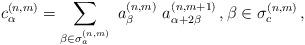
LaTeX: \begin{align*}c^{(n,m)}_\alpha = \displaystyle \sum_{\beta \in \sigma_a^{(n,m)}}\ a^{(n,m)}_\beta \ a^{(n,m+1)}_{\alpha +2\beta}\,, \beta \in \sigma_c^{(n,m)}\,, \end{align*}